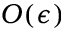
O ( \epsilon )